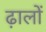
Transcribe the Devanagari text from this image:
ढ़ालों